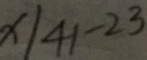
x \vert 4 1 - 2 3